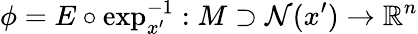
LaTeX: \phi=E\circ\exp_{x^{\prime}}^{-1}:M\supset\mathcal{N}(x^{\prime})\rightarrow\mathbb{R}^{n}